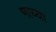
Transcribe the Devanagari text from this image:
भाय्या